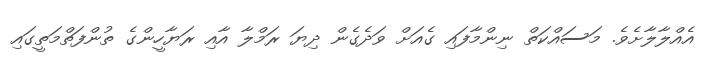
އެއްލާލާށެވެ. މަސައްކަތް ނިންމާފައި ގެއަށް ވަދެގެން ދިޔަ ރަމްލާ އާއި ރަޔާހީންގެ ތުންފަތްމަތީގައި